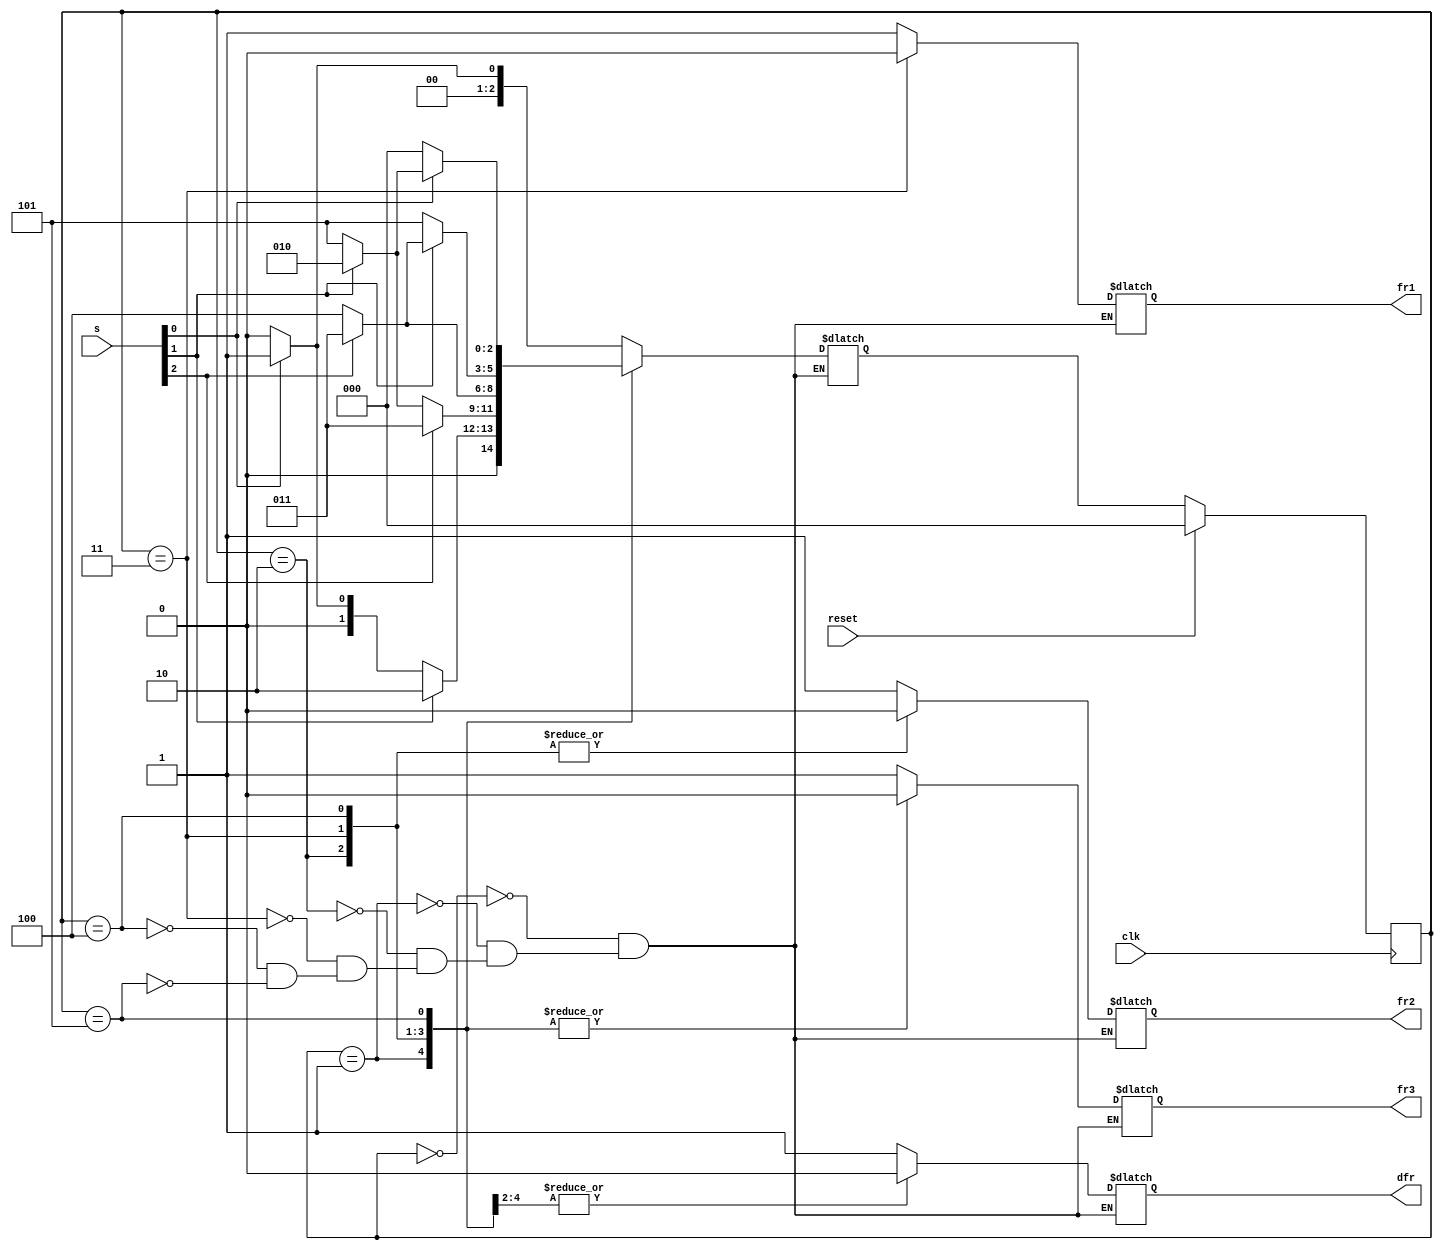
module top_module (
    input clk,
    input reset,
    input [3:1] s,
    output fr3,
    output fr2,
    output fr1,
    output dfr
); 
    parameter A=0,B=1,C=2,D=3,E=4,F=5;
    reg [2:0]state,next_state;
    always @(*) begin
        case(state)
            A:next_state<=s[1]?B:A;
            B:next_state<=s[2]?C:s[1]?B:A;
            C:next_state<=s[3]?D:s[2]?C:F;
            D:next_state<=s[3]?D:E;
            E:next_state<=s[2]?(s[3]?D:E):F;
            F:next_state<=s[1]?(s[2]?C:F):A;
        endcase
    end
    always @(posedge clk)begin
        if(reset) state<=A;
        else state<=next_state;
    end
    always @(*) begin
        case(state)
            A:begin fr1<=1;fr2<=1;fr3<=1;dfr<=1;end
            B:begin fr1<=1;fr2<=1;fr3<=0;dfr<=0;end
            C:begin fr1<=1;fr2<=0;fr3<=0;dfr<=0;end
            D:begin fr1<=0;fr2<=0;fr3<=0;dfr<=0;end
            E:begin fr1<=1;fr2<=0;fr3<=0;dfr<=1;end
            F:begin fr1<=1;fr2<=1;fr3<=0;dfr<=1;end
        endcase
    end
endmodule